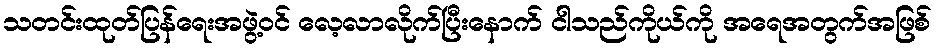
သတင်းထုတ်ပြန်ရေးအဖွဲ့ဝင် လေ့လာလိုက်ပြီးနောက် ငါသည်ကိုယ်ကို အရေအတွက်အဖြစ်